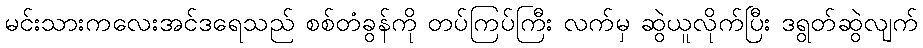
မင်းသားကလေးအင်ဒရေသည် စစ်တံခွန်ကို တပ်ကြပ်ကြီး လက်မှ ဆွဲယူလိုက်ပြီး ဒရွတ်ဆွဲလျက်